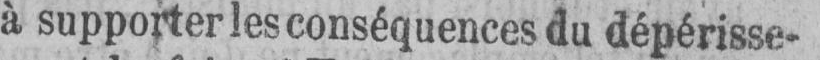
à supporter les conséquences du dépérisse-